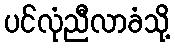
ပင်လုံညီလာခံသို့